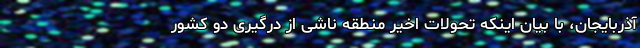
آذربایجان، با بیان اینکه تحولات اخیر منطقه ناشی از درگیری دو کشور